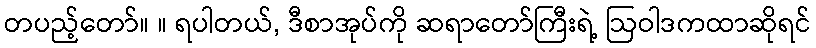
တပည့်တော်။ ။ ရပါတယ်, ဒီစာအုပ်ကို ဆရာတော်ကြီးရဲ့ ဩဝါဒကထာဆိုရင်